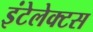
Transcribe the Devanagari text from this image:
इंटेलेक्टस